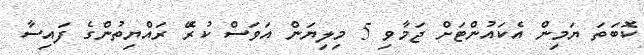
ކޮބަތަ ޔަމިން އެކައުންޓަށް ޖަމާވި 5 މިލިޔަން އަވަސް ކުރެޭ ރައްޔިތުންގެ ފައިސާ